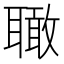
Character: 𦗪